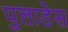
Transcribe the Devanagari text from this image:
पुलाडेस